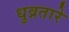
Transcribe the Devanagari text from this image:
धुव्रतारे